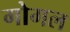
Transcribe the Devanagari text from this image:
गोगल